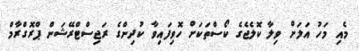
މެއި މަހު އަލަށް ވިލާ ކޮލެޖެގެ ކޯސްތަކަށް ހޮވިފައިވާ ކުދިންގެ ރަޖިސްޓްރޭޝަން ޕްރޮގްރާމް